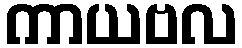
ကာယဗလ